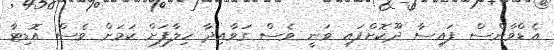
އެޑްވާންސް ފައިސާ ދޫކޮށްފައި ވަނީ ވެސް ގަވާއިދާ ހިލާފަށް ކަމަށް ވެސް އޮޑިޓާ